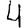
Digit: 4